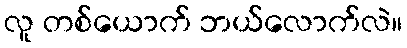
လူ တစ်ယောက် ဘယ်လောက်လဲ။